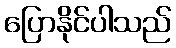
ပြောနိုင်ပါသည်